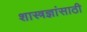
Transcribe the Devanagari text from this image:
शास्त्रज्ञांसाठी